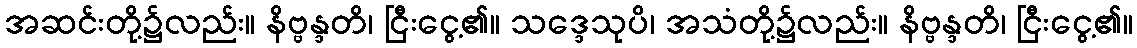
အဆင်းတို့၌လည်း။ နိဗ္ဗန္ဒတိ၊ ငြီးငွေ့၏။ သဒ္ဒေသုပိ၊ အသံတို့၌လည်း။ နိဗ္ဗန္ဒတိ၊ ငြီးငွေ့၏။